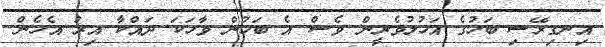
އިނގިރޭސި ބަހުގެ އަހުލުވެރީން ވެސް އެ ބަހުން ވާހަކަ ދައްކާ އިރު އެހެން